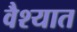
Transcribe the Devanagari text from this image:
वैश्यात